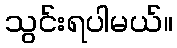
သွင်းရပါမယ်။